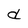
Character: d